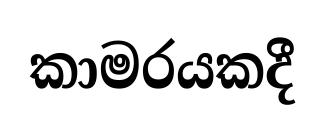
කාමරයකදී